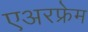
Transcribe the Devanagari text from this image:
एअरफ्रेम